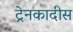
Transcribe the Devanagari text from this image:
ट्रेनकादीस